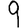
Digit: 9